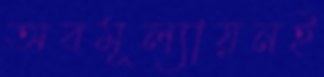
অবমূল্যায়নই